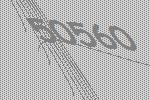
50560